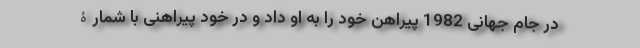
در جام جهانی 1982 پیراهن خود را به او داد و در خود پیراهنی با شمارۀ